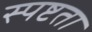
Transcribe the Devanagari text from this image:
स्‍पष्टता